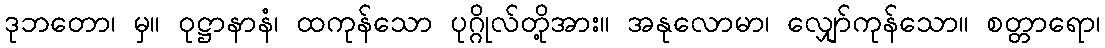
ဒုဘတော၊ မှ။ ဝုဋ္ဌာနာနံ၊ ထကုန်သော ပုဂ္ဂိုလ်တို့အား။ အနုလောမာ၊ လျှော်ကုန်သော။ စတ္တာရော၊